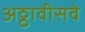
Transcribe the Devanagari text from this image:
अठ्ठावीसवे